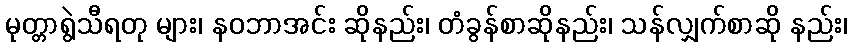
မုတ္တာရွဲသီရတု များ၊ နဝဘာအင်း ဆိုနည်း၊ တံခွန်စာဆိုနည်း၊ သန်လျှက်စာဆို နည်း၊